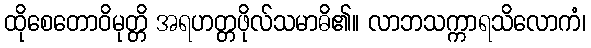
ထိုစေတောဝိမုတ္တိ အရဟတ္တဖိုလ်သမာဓိ၏။ လာဘသက္ကာရသိလောကံ၊